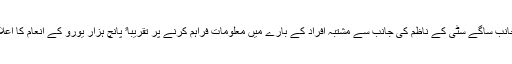
دوسری جانب ساگے سٹی کے ناظم کی جانب سے مشتبہ افراد کے بارے میں معلومات فراہم کرنے پر تقریباﹰ پانچ ہزار یورو کے انعام کا اعلان کیا گیا۔